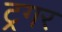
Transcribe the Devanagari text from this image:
ट्रगर